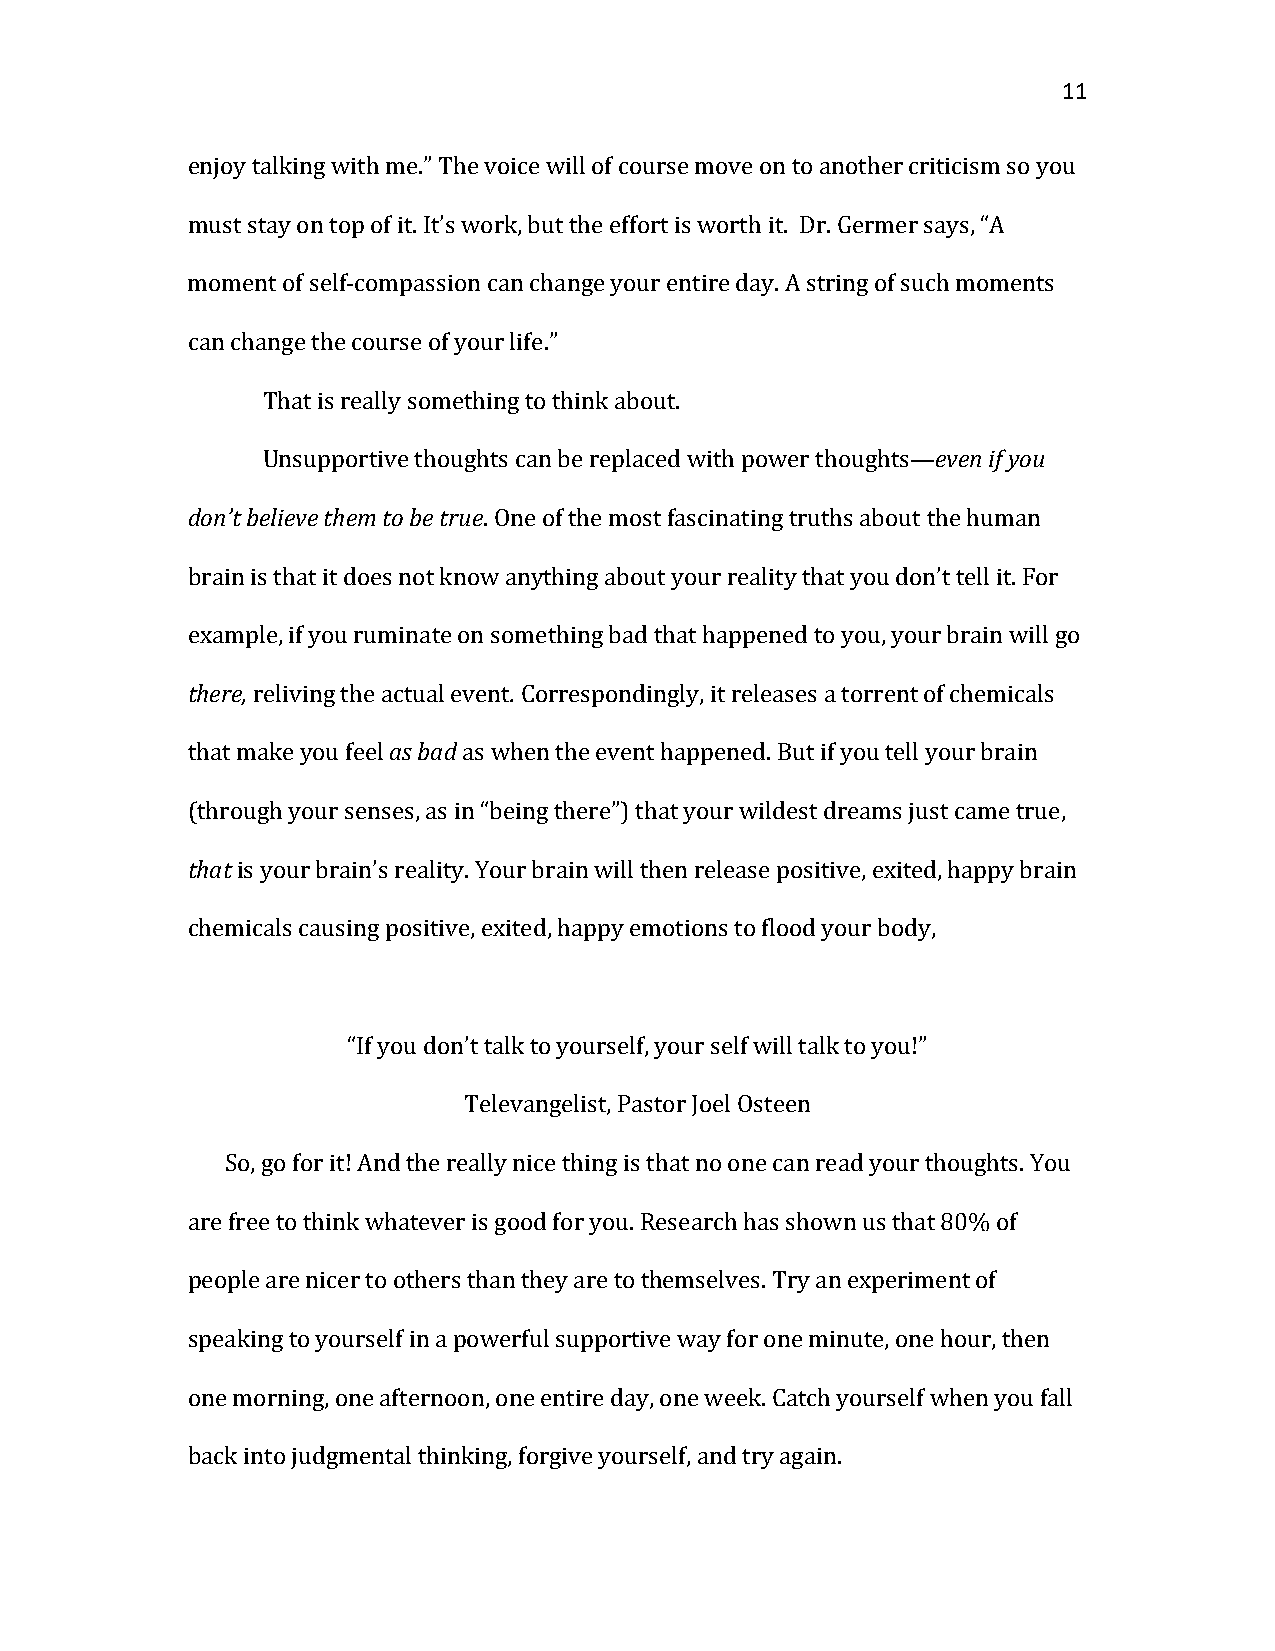
11
 enjoy talking with me.” The voice will of course move on to another criticism so you
 must stay on top of it. It’s work, but the effort is worth it. Dr. Germer says, “A
 moment of self-compassion can change your entire day. A string of such moments
 can change the course of your life.”
 That is really something to think about.     even if you
 don’t beUlinesvuep tphoemrt itvoe bteh otruugehts can be replaced with power thoughts—
 . One of the most fascinating truths about the human
 brain is that it does not know anything about your reality that you don’t tell it. For
 ethxearme,p le, if you ruminate on so.mething bad that happened to you, your brain will go
 reliving the aacst ubaald event Correspondingly, it releases a torrent of chemicals
 that make you feel as when the event happened. But if you tell your brain
 (ththartough your senses, as in “being there”) that your wildest dreams just came true,
 is your brain’s reality. Your brain will then release positive, exited, happy brain
 chemicals causing positive, exited, happy emotions to flood your body,
 “If you don’t talk to yourself, your self will talk to you!”
 Televangelist, Pastor Joel Osteen
 So, go for it! And the really nice thing is that no one can read your thoughts. You
 are free to think whatever is good for you. Research has shown us that 80% of
 people are nicer to others than they are to themselves. Try an experiment of
 speaking to yourself in a powerful supportive way for one minute, one hour, then
 one morning, one afternoon, one entire day, one week. Catch yourself when you fall
 back into judgmental thinking, forgive yourself, and try again.